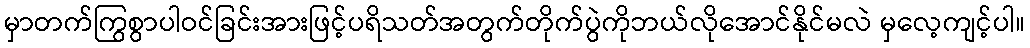
မှာတက်ကြွစွာပါဝင်ခြင်းအားဖြင့်ပရိသတ်အတွက်တိုက်ပွဲကိုဘယ်လိုအောင်နိုင်မလဲ မှလေ့ကျင့်ပါ။